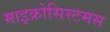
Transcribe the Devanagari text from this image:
माइक्रोसिस्टमस